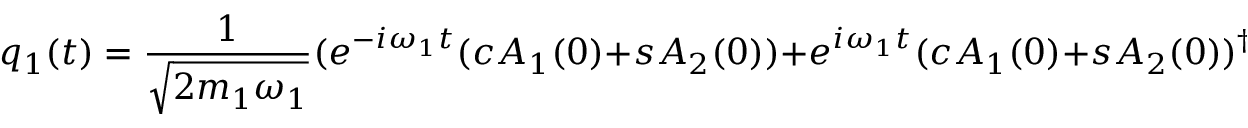
q _ { 1 } ( t ) = \frac { 1 } { \sqrt { 2 m _ { 1 } \omega _ { 1 } } } ( e ^ { - i \omega _ { 1 } t } ( c A _ { 1 } ( 0 ) + s A _ { 2 } ( 0 ) ) + e ^ { i \omega _ { 1 } t } ( c A _ { 1 } ( 0 ) + s A _ { 2 } ( 0 ) ) ^ { \dag } ) ,